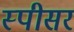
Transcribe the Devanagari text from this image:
स्पीसर